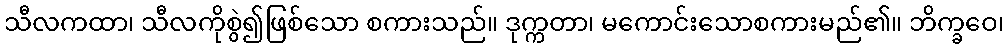
သီလကထာ၊ သီလကိုစွဲ၍ဖြစ်သော စကားသည်။ ဒုက္ကတာ၊ မကောင်းသောစကားမည်၏။ ဘိက္ခဝေ၊